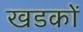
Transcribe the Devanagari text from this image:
खडकों